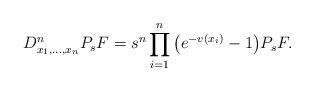
LaTeX: \begin{align*}D^n_{x_1,\ldots,x_n}P_sF=s^n\prod^n_{i=1}\big(e^{-v(x_i)}-1\big)P_sF.\end{align*}